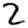
Digit: 2